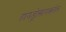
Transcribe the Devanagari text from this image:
हायड्रोसायक्लोन